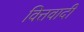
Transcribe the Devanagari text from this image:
वित्तवादी